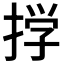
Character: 𫽊